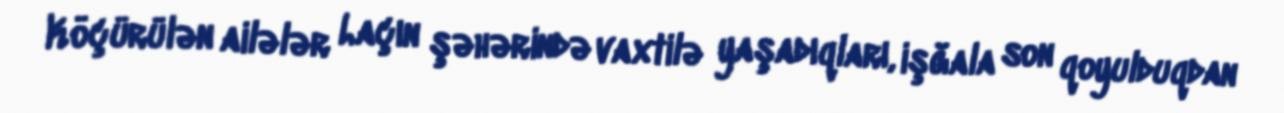
Köçürülən ailələr Laçın şəhərində vaxtilə yaşadıqları, işğala son qoyulduqdan